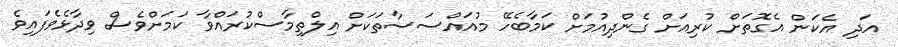
އަދި އެކަން އެގޮތަށް ކުރިއަށް ގެންދިއުމަށް ކަމާބެހޭ މުއައްސަސާތަކަށް އިލްތިމާސްކުރައްވާ ކަމަށްވެސް ވިދާޅެވެފައިވެ